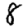
Digit: 8